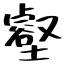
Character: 壑